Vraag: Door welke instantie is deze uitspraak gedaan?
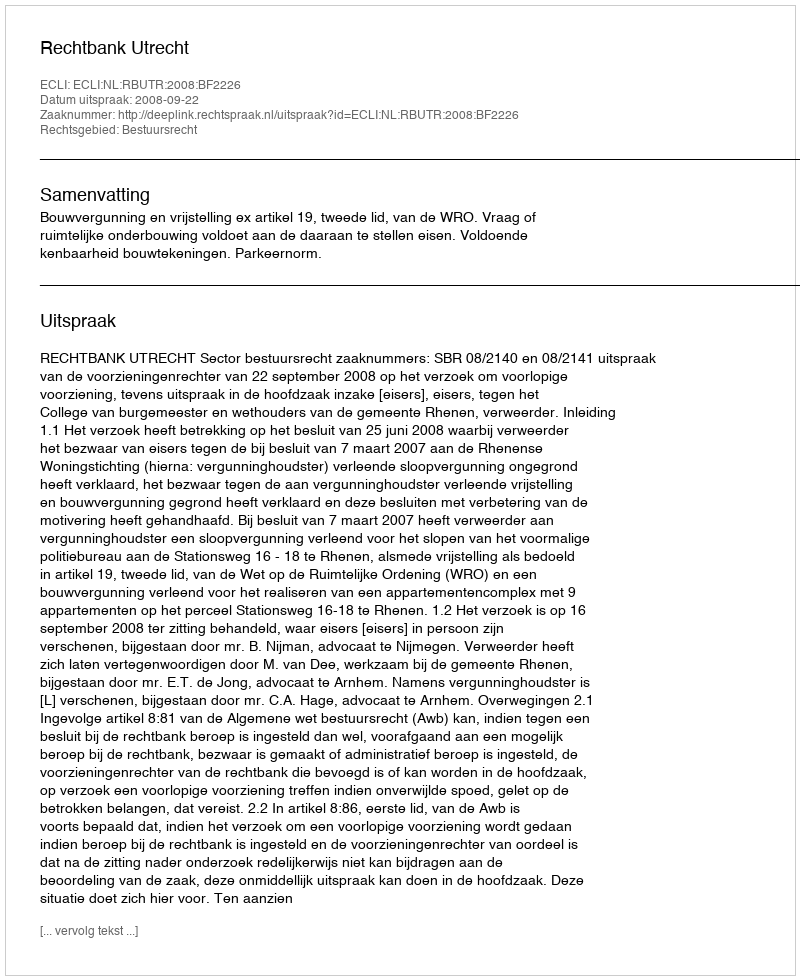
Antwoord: Rechtbank Utrecht